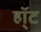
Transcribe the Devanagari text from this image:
हॉ्ट